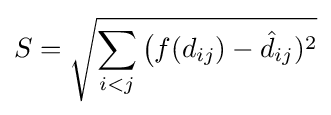
S={\sqrt {\sum _{i<j}{\bigl (}f(d_{ij})-{\hat {d}}_{ij})^{2}}}